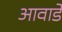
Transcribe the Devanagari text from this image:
आवार्डे